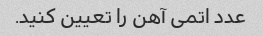
عدد اتمی آهن را تعیین کنید.